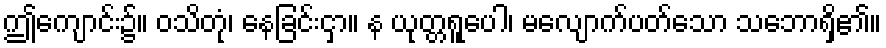
ဤကျောင်း၌။ ဝသိတုံ၊ နေခြင်းငှာ။ န ယုတ္တရူပေါ၊ မလျောက်ပတ်သော သဘောရှိ၏။